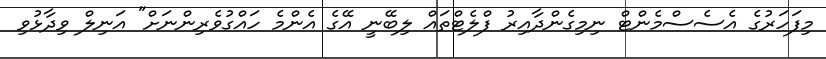
މިފަހަރުގެ އެސެސްމެންޓް ނިމިގެންދާއިރު ފްލެޓްތައް ލިބޭނީ އޭގެ އެންމެ ހައްގުވެރިންނަށް" އަނިލް ވިދާޅުވި